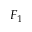
F _ { 1 }